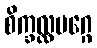
စိက္ခလ္လမဂ္ဂေ